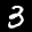
Label: 3